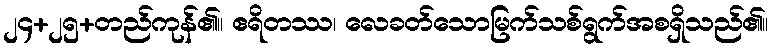
၂၄+၂၅+တည်ကုန်၏။ ဧရိတဿ၊ လေခတ်သောမြက်သစ်ရွက်အစရှိသည်၏။